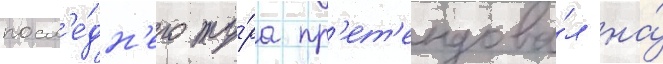
посл'е́дн'его ту́ра пр'ет'ендова́л на́